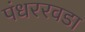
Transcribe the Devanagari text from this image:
पंधररवडा